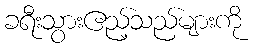
ခရီးသွားဧည့်သည်များကို